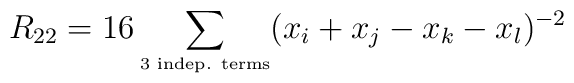
R_{22} = 16 \sum_{\mbox{\tiny{3 indep. terms}}} (x_i+x_j - x_k-x_l)^{-2}